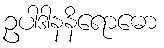
ဥပါဒါနနိရောဓော